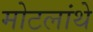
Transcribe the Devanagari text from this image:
मोटलांथे